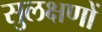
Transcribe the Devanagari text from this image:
सुलक्षणों